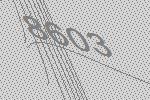
8603